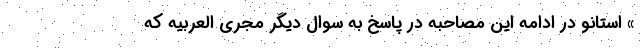
» استانو در ادامه این مصاحبه در پاسخ به سوال دیگر مجری العربیه که